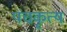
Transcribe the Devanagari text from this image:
पंचकृत्य